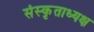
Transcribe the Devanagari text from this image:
संस्कृताध्यक्ष